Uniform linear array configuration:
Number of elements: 12
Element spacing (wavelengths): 1
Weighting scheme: blackman
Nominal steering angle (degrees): -15
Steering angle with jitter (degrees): -14.693
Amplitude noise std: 0.05
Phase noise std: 0.05

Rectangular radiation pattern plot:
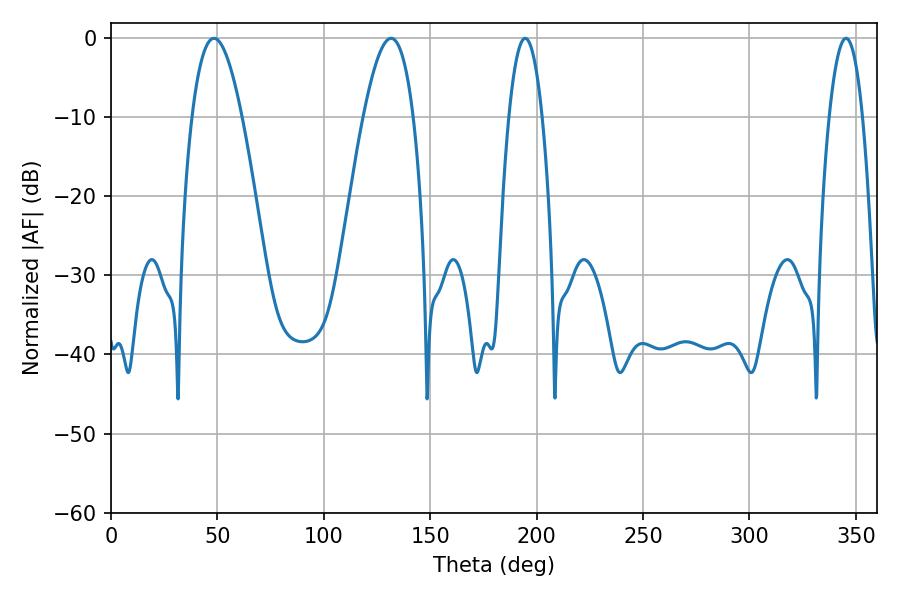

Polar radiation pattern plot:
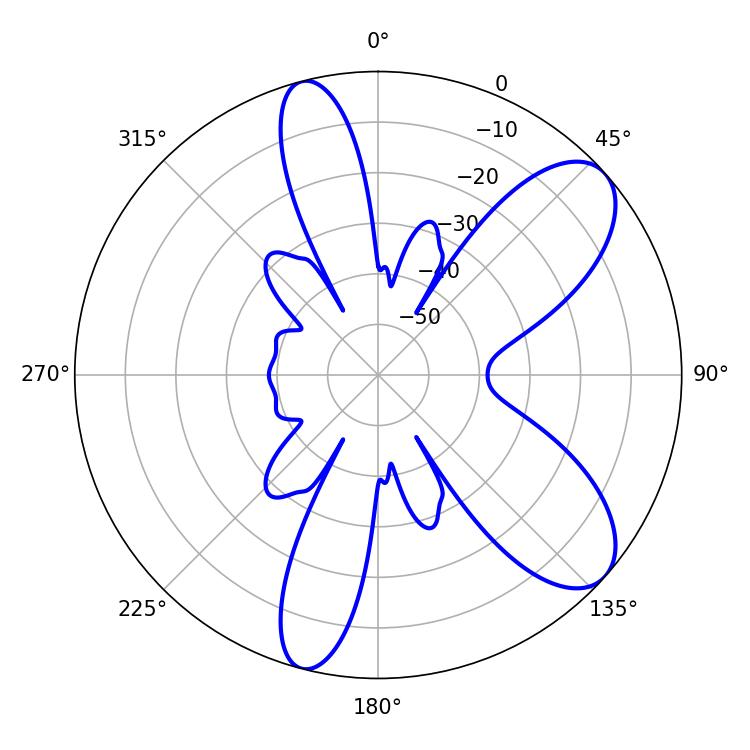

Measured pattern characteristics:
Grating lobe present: TRUE
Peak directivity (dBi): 8.515
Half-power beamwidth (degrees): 12.78
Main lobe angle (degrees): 48.42